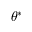
\theta ^ { * }